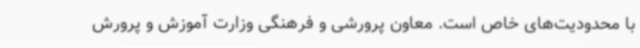
با محدودیت‌های خاص است. معاون پرورشی و فرهنگی وزارت آموزش و پرورش